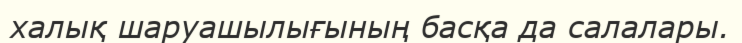
халық шаруашылығының басқа да салалары.